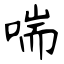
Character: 喘